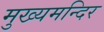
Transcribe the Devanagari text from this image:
मुख्यमन्दिर